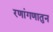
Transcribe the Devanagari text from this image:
रणांगणातुन